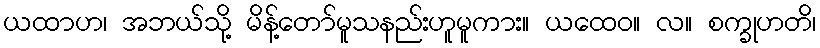
ယထာဟ၊ အဘယ်သို့ မိန့်တော်မူသနည်းဟူမူကား။ ယထေဝ။ လ။ စက္ခုဟတိ၊